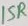
Text: 15R